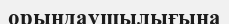
орындаушылығына